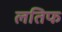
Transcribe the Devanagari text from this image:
लतिफ